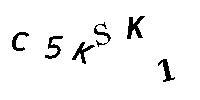
C5KSK1